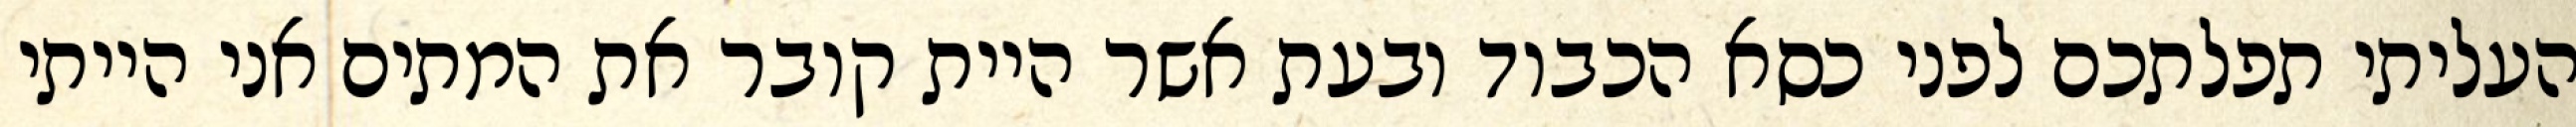
העליתי תפלתכם לפני כסא הכבוד ובעת אשר היית קובר את המתים אני הייתי